Civil Veterinary Dept. Bombay admin report 1900-1906 - 1900-1906
Year: 1900
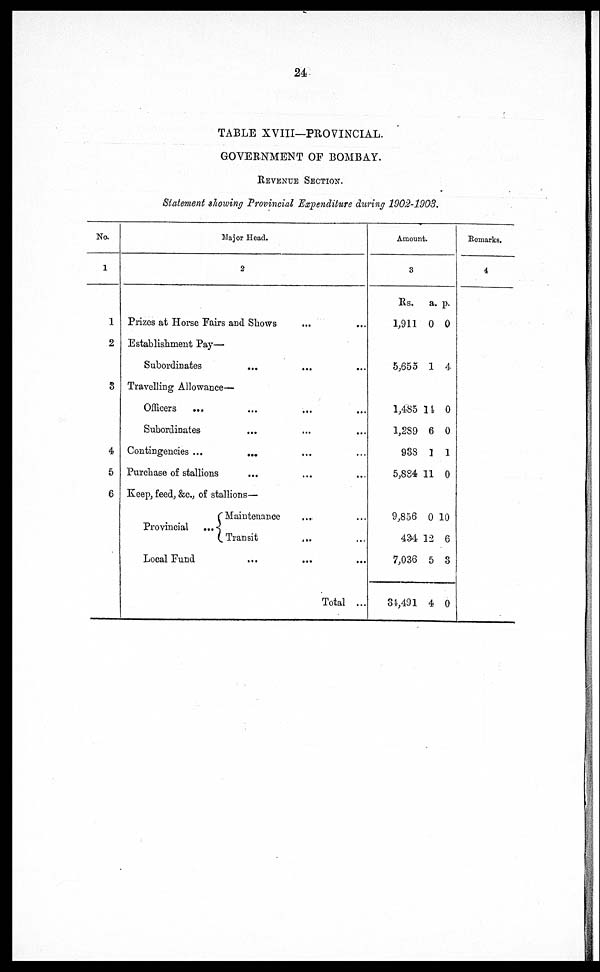
24
TABLE XVIII—PROVINCIAL.
GOVERNMENT OF BOMBAY.
REVENUE SECTION.
Statement showing Provincial Expenditure during 1902-1903.
No.
1
1
2
3
4
5
6
Major Head.
2
Prizes at Horse Fairs and Shows … …
Establishment Pay—
Subordinates … … …
Travelling Allowance—
Officers
... … … …
Subordinates … … …
Contingencies ... … … …
Purchase of stallions … … …
Keep, feed, &c., of stallions—
Maintenance … …
Provincial
...
Transit … …
Local Fund … … …
Total ...
Amount.
3
Rs.
a. p.
1,911 0 0
5,655 1 4
1,485 11 0
1,289 6 0
938 1 1
5,884 11 0
9,856 0 10
434 12 6
7,036 5 3
34,491 4 0
Remarks.
4